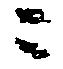
ニ